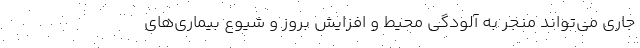
جاری می‌تواند منجر به آلودگی محیط و افزایش بروز و شیوع بیماری‌های